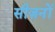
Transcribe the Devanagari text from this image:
सीज़नोंं